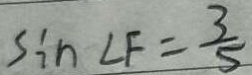
\sin \angle F = \frac { 3 } { 5 }